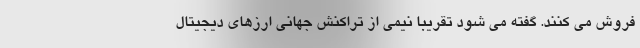
فروش می کنند. گفته می شود تقریباً نیمی از تراکنش جهانی ارزهای دیجیتال